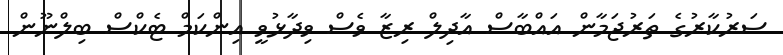
ސަރުކާރުގެ ތަރުޖަމާން އައްބާސް އާދިލް ރިޒާ ވެސް ވިދާޅުވީ އިންކަމް ޓެކްސް ބިލްނޫން